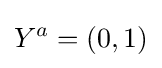
Y^{a}=(0,1)